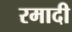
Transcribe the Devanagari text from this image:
रमादी